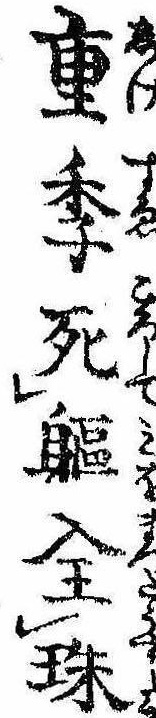
重季死躯全珠